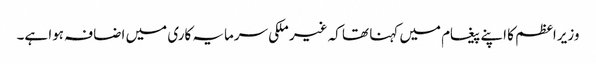
وزیراعظم کا اپنے پیغام میں کہنا تھا کہ غیر ملکی سرمایہ کاری میں اضافہ ہوا ہے۔